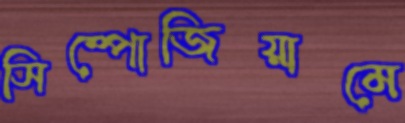
সিম্পোজিয়ামে